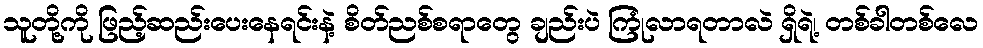
သူတို့ကို ဖြည့်ဆည်းပေးနေရင်းနဲ့ စိတ်ညစ်စရာတွေ ချည်းပဲ ကြုံလာရတာလဲ ရှိရဲ့၊ တစ်ခါတစ်လေ